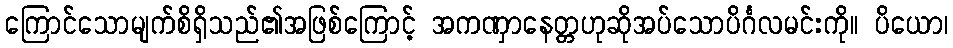
ကြောင်သောမျက်စိရှိသည်၏အဖြစ်ကြောင့် အကဏှာနေတ္တဟုဆိုအပ်သောပိင်္ဂလမင်းကို။ ပိယော၊